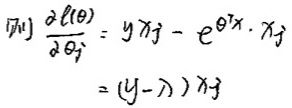
\[
\begin{align*}
\frac{\partial l(\theta)}{\partial \theta_j}&=y x_j - e^{\theta^T x}\cdot x_j\\
&=(y - \lambda)x_j
\end{align*}
\]